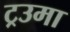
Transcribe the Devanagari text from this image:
ट्रउमा